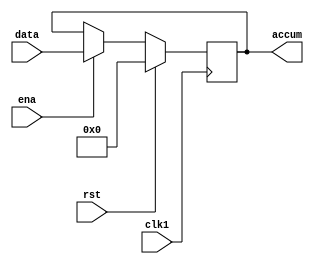
//???
//--------------------------------------------------------------
module accum( accum, data, ena, clk1, rst);
output[7:0]accum;
input[7:0]data;
input ena,clk1,rst;
reg[7:0]accum;

always@(posedge clk1)
begin
if(rst)
accum<=8'b0000_0000;		//Reset
else
if(ena)		//?CPU???????load_acc??
accum<=data;		//Accumulate
	end

endmodule